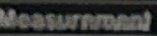
Measurement